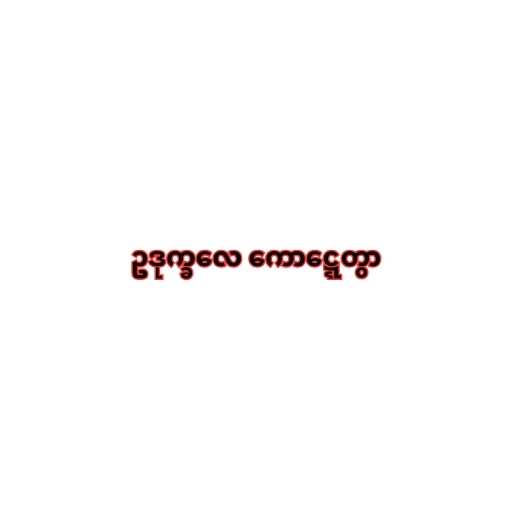
ဥဒုက္ခလေ ကောဋ္ဋေတွာ